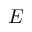
E